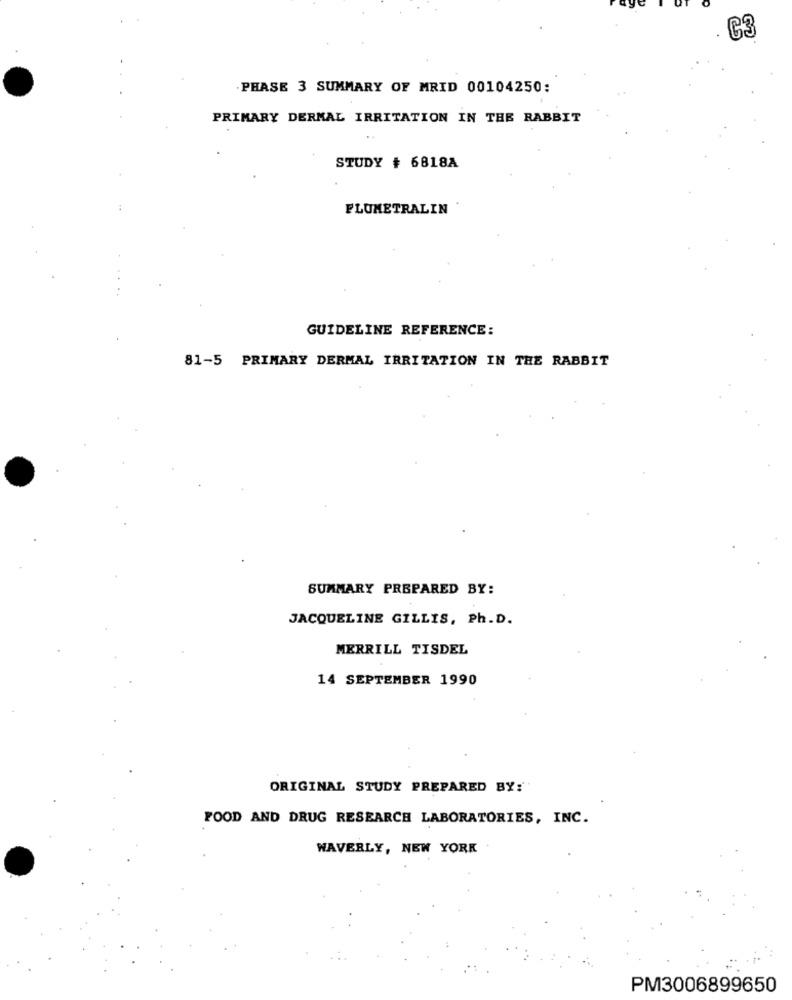
C3
PHASE 3 SUMMARY OF MRID 00104250:
PRIMARY DERMAL IRRITATION IN THE RABBIT
STUDY # 6818A
FLUMETRALIN
GUIDELINE REFERENCE:
81-5 PRIMARY DERMAL IRRITATION IN THE RABBIT
SUMMARY PREPARED BY:
JACQUELINE GILLIS, Ph.D.
MERRILL TISDEL
14 SEPTEMBER 1990
ORIGINAL STUDY PREPARED BY:
FOOD AND DRUG RESEARCH LABORATORIES, INC.
WAVERLY, NEW YORK
PM3006899650